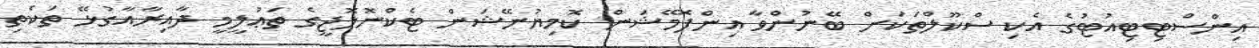
އިންސްޓިޓިއުޓުގެ އެކި ސްކޫލްތަކަށް ބޭނުންވާ އިންފޮމޭޝަން ކޮމިޔުނޭޝަން ޓެކްނޮލޮޖީގެ ތަޢުލީމީ ދާއިރާއާގުޅޭ ތަކެތި